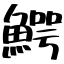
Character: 鰐